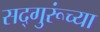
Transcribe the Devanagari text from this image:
सद्‍गुरूंच्या